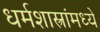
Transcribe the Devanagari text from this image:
धर्मशास्त्रांमध्ये